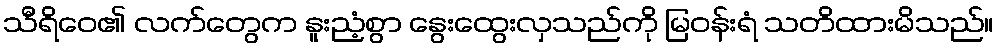
သီရိဝေ၏ လက်တွေက နူးညံ့စွာ နွေးထွေးလှသည်ကို မြဝန်းရံ သတိထားမိသည်။